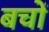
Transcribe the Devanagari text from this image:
बचों